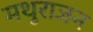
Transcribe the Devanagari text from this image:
मथुराजन